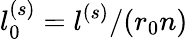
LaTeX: l_{0}^{(s)}=l^{(s)}/(r_{0}n)